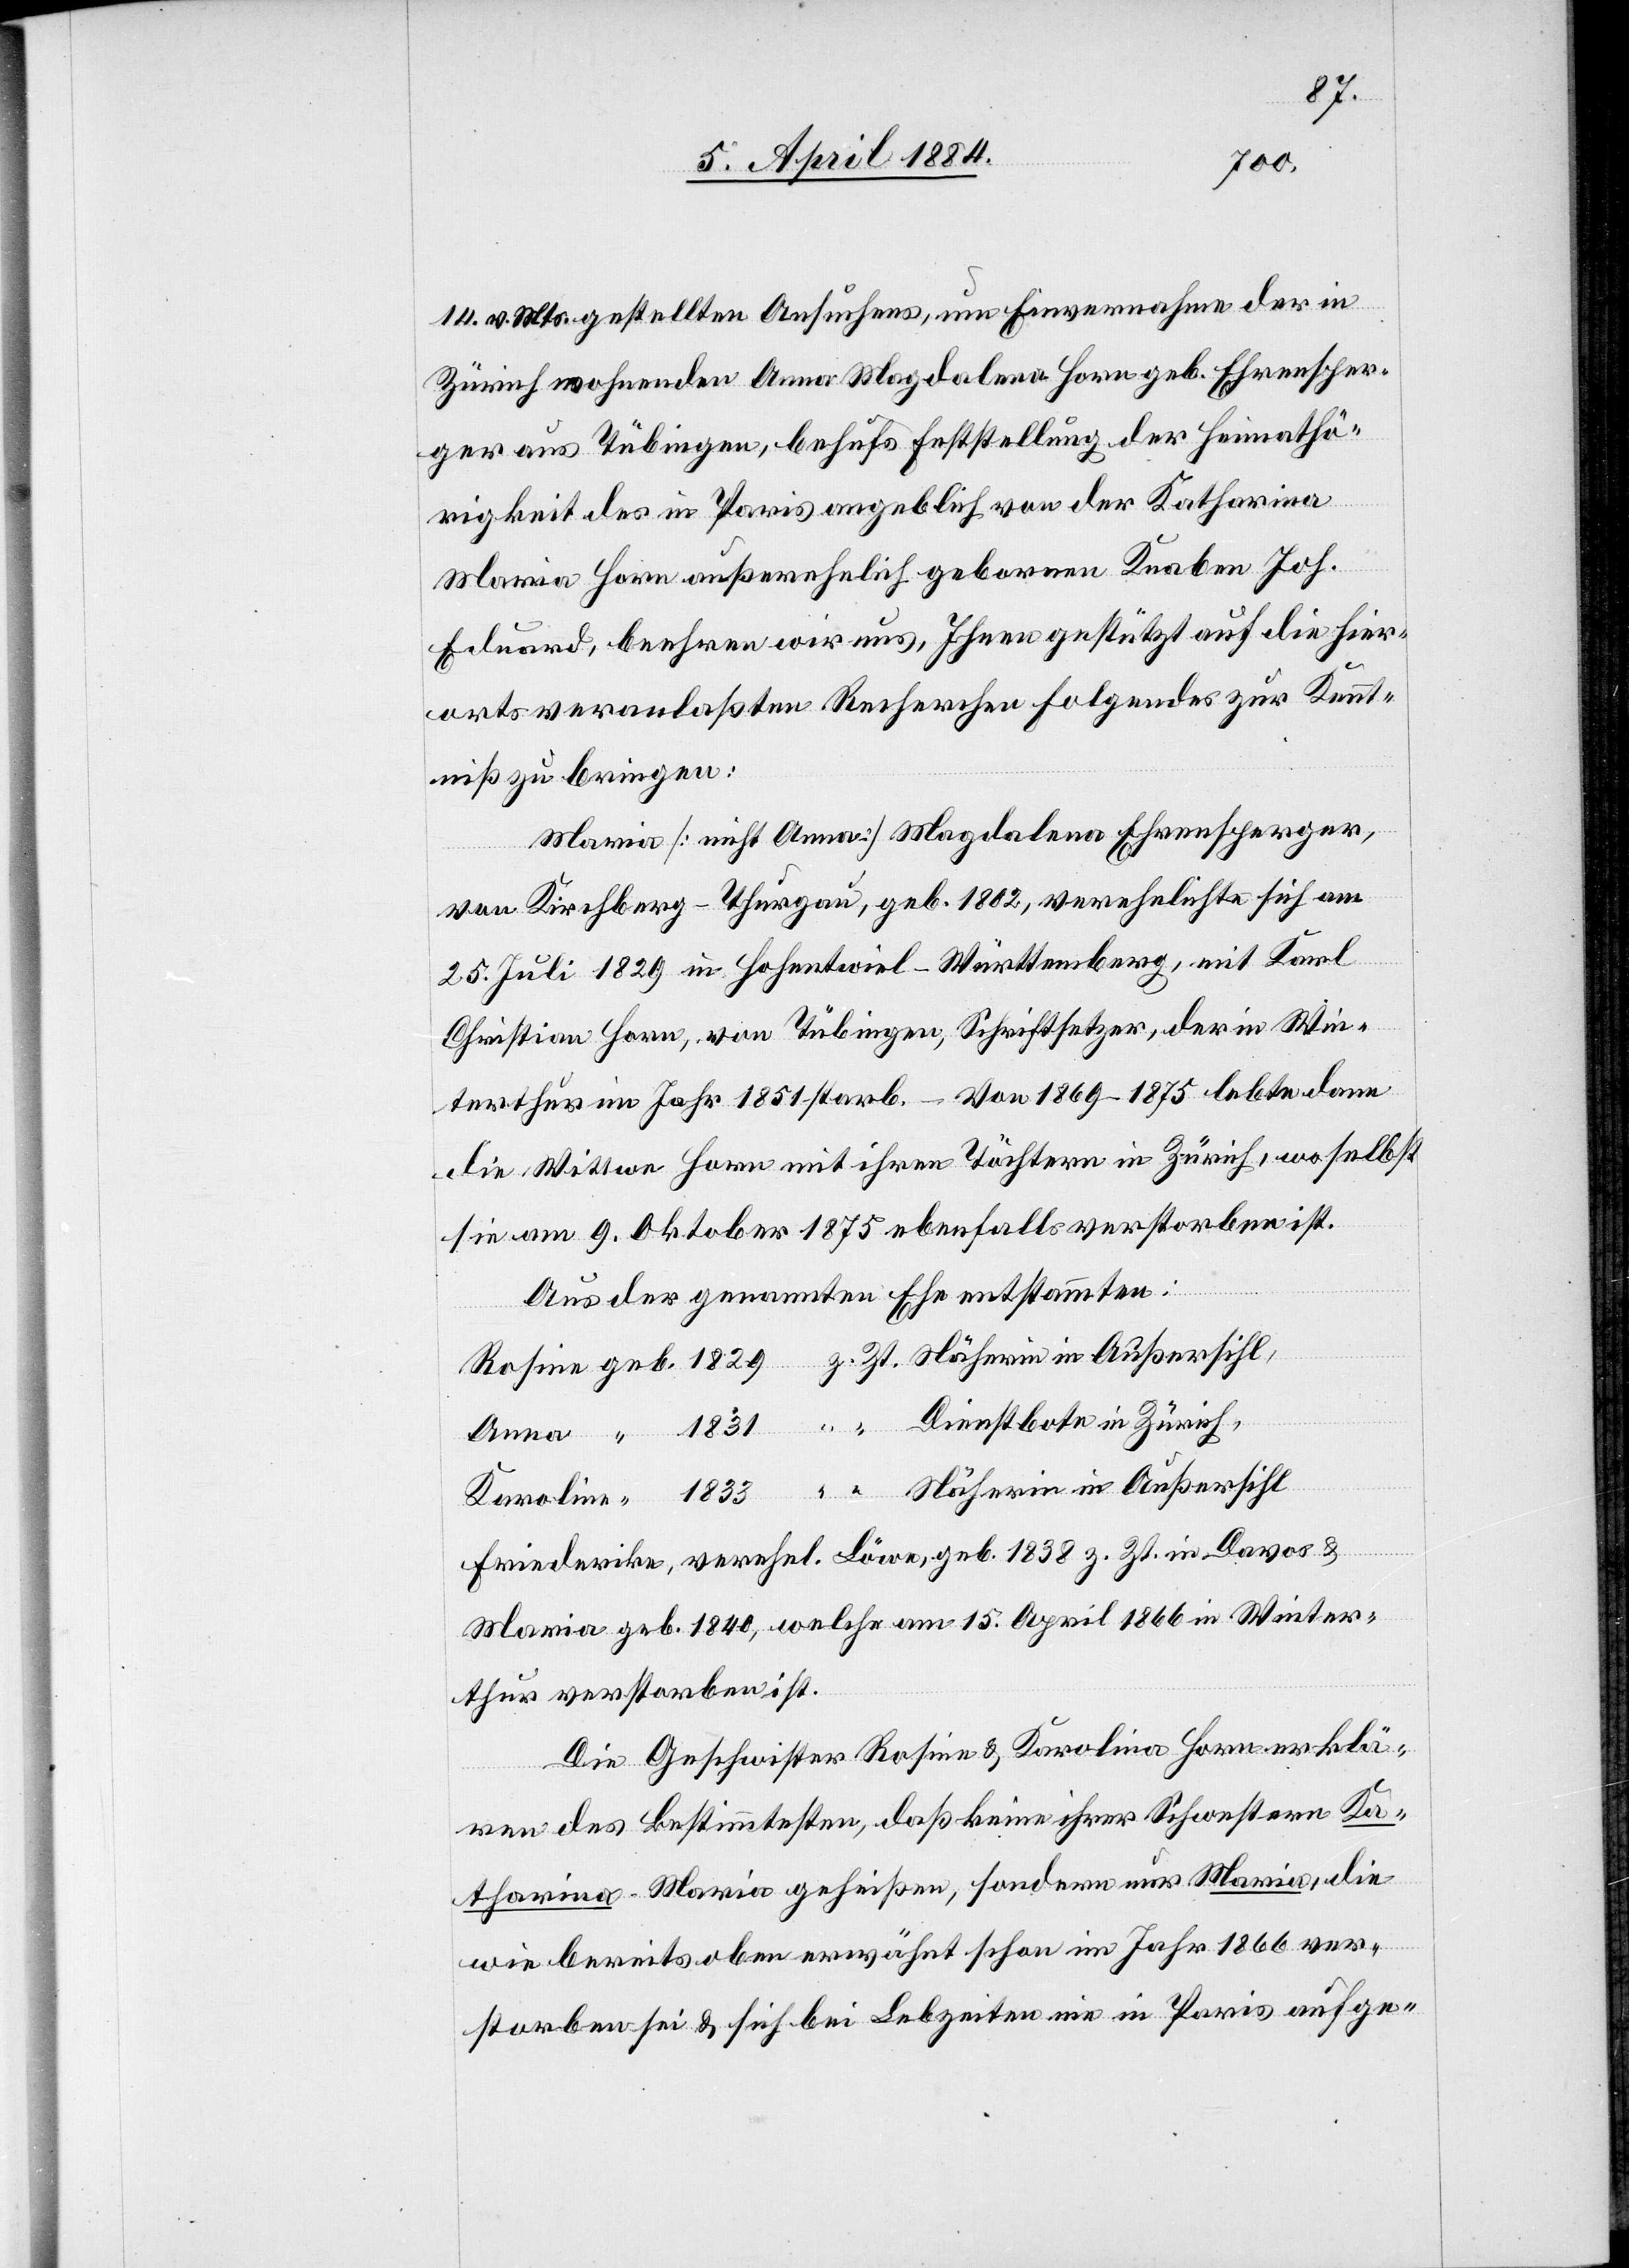
14. v. Mts. gestellten Ansuchens, um Einvernahme der in
Zürich wohnenden Anna Magdalena Horn geb. Ehrensper¬
ger aus Tübingen, behufs Feststellung der Heimathö¬
rigkeit des in Paris angeblich von der Katharina
Maria Horn außerehelich geborenen Knaben Joh.
Eduard, beehren wir uns, Ihnen gestützt auf die hier¬
orts veranlaßten Recherchen folgendes zur Kennt¬
niß zu bringen:
Maria [nicht Anna] Magdalena Ehrensperger,
von Kirchberg - Thurgau, geb. 1802, verehelichte sich am
25. Juli 1829 in Hohentwiel - Württemberg, mit Karl
Christian Horn, von Tübingen, Schriftsetzer, der in Win¬
terthur im Jahr 1851 starb. Von 1869–1875 lebte dann
die Wittwe Horn mit ihren Töchtern in Zürich, woselbst
sie am 9. Oktober 1875 ebenfalls verstorben ist.
Aus der genannten Ehe entstammten:
“
Friederike, verehel. Löwe, geb. 1838 z. Zt. in Davos &
Maria, geb. 1840, welche am 15. April 1866 in Winter¬
thur verstorben ist.
Die Geschwister Rosine & Karolina [sic!] Horn erklä¬
in
ren des Bestimmtesten, daß keine ihrer Schwestern Ka¬
tharina Maria geheißen, sondern nur Maria, die
wie bereits oben erwähnt schon im Jahr 1866 ver¬
storben sei & sich bei Lebzeiten nie in Paris aufge-